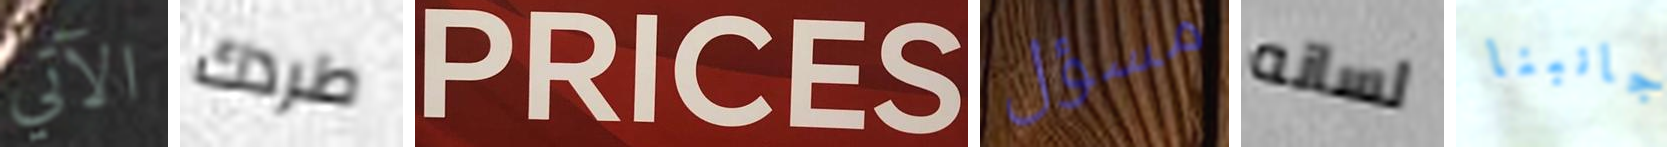
الآتي طردك PRICES مسؤل لسانه جانبنا